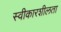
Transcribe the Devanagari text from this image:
स्वीकारशीलता